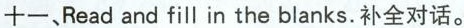
十一,Read and fill in the blanks.补全对话.